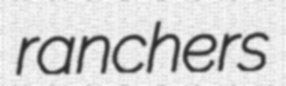
ranchers